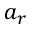
a _ { r }